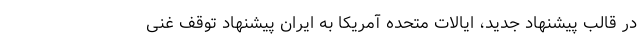
در قالب پیشنهاد جدید، ایالات متحده آمریکا به ایران پیشنهاد توقف غنی